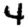
Digit: 4